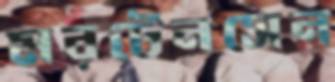
মরটেনসেন